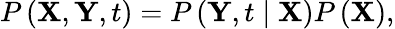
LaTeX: P\left(\mathbf{X},\mathbf{Y},t\right)=P\left(\mathbf{Y},t\mid\mathbf{X}\right)P\left(\mathbf{X}\right),